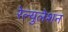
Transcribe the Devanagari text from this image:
रेल्युलेशन